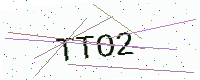
Text: TTO2